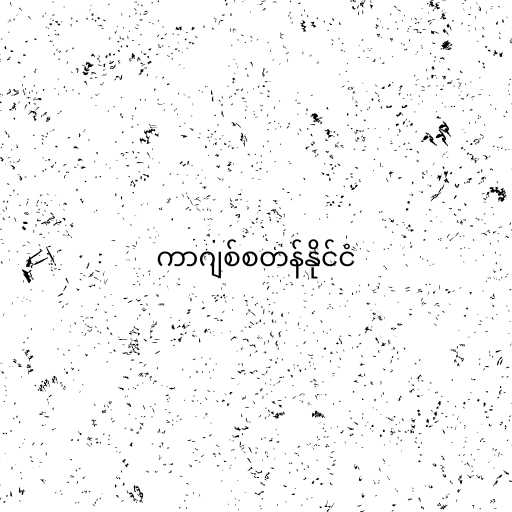
ကာဂျစ်စတန်နိုင်ငံ